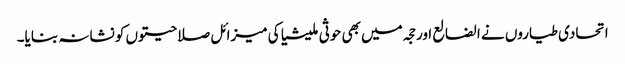
اتحادی طیاروں نے الضالع اور حجہ میں بھی حوثی ملیشیا کی میزائل صلاحیتوں کو نشانہ بنایا۔